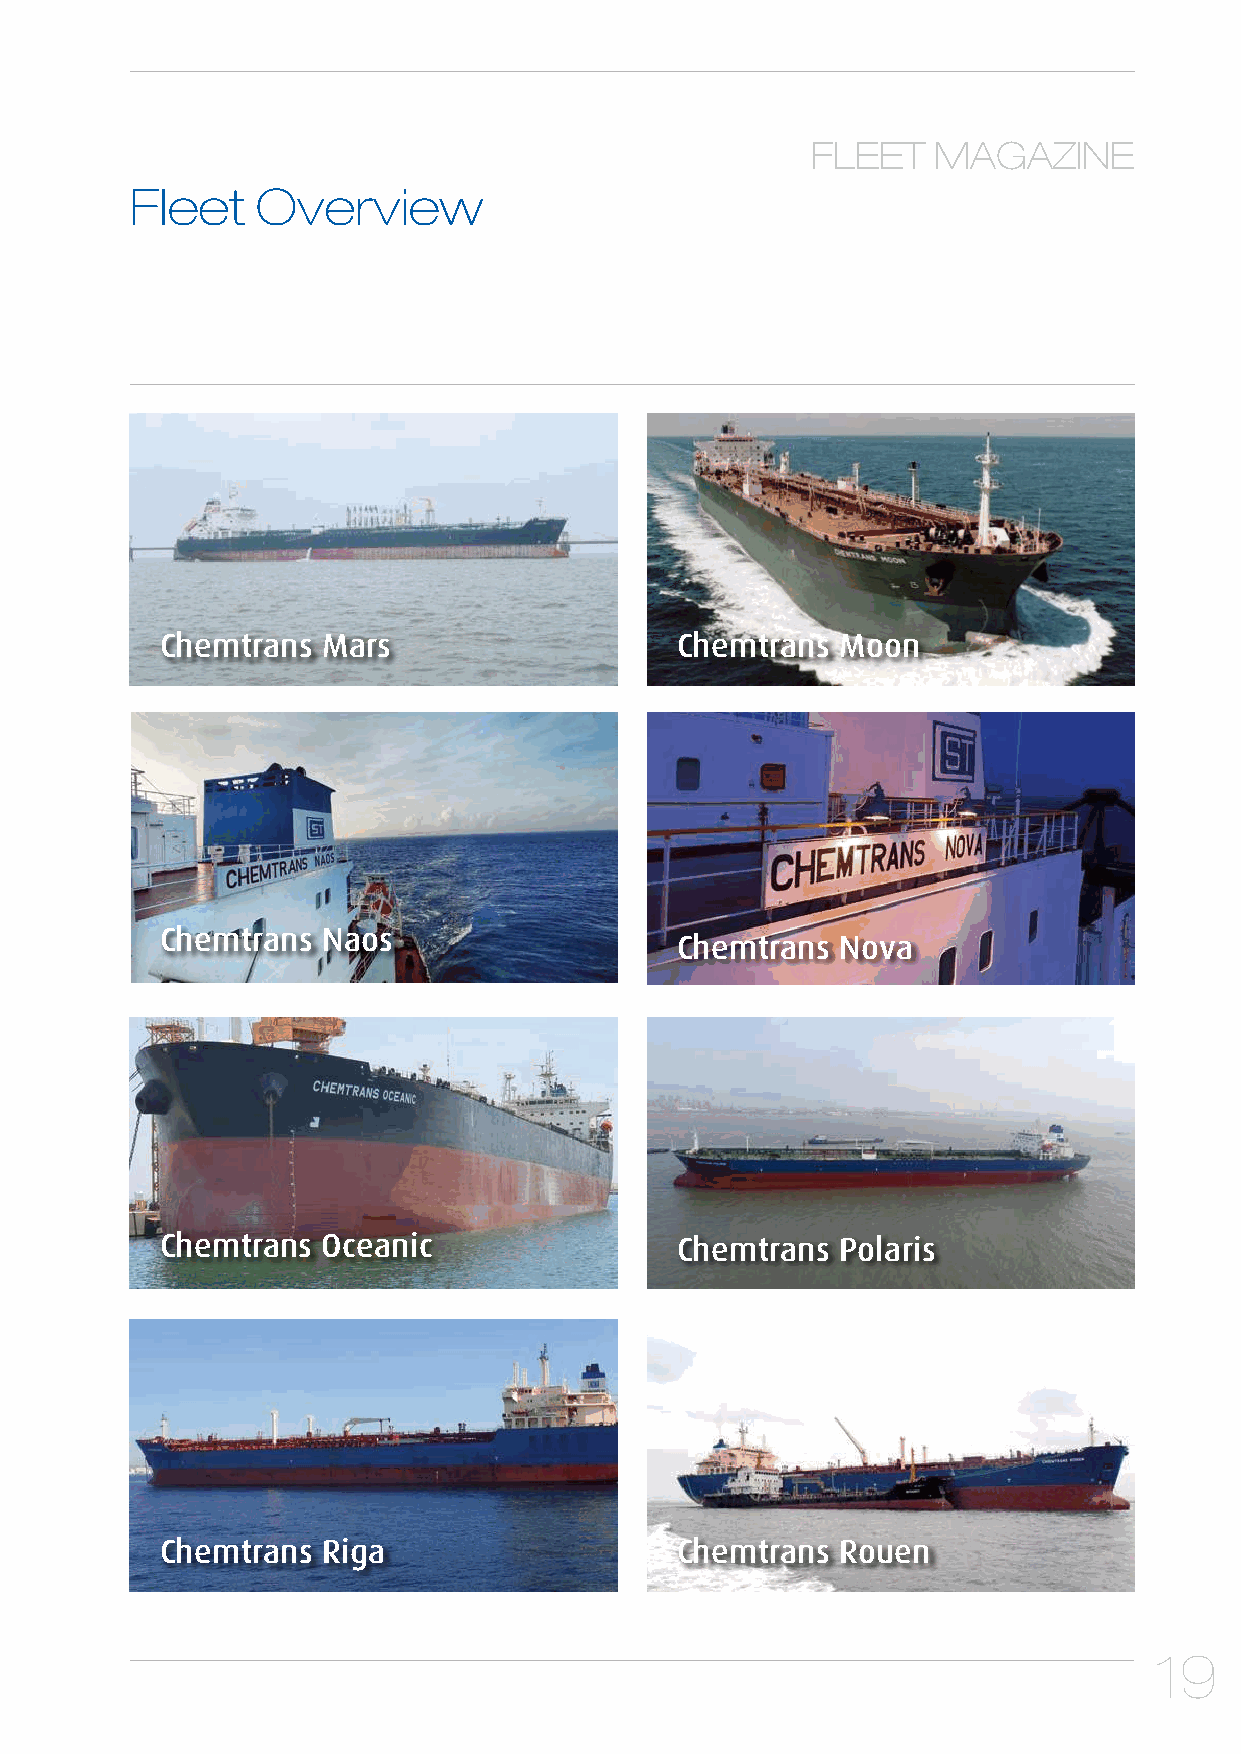
FLEET   MAGAZINE
 Fleet   Overview
 Chemtrans Mars                    Chemtrans  Moon
 Chemtrans Naos
 Chemtrans  Nova
 Chemtrans Oceanic                 Chemtrans  Polaris
 Chemtrans Riga                    Chemtrans  Rouen
 19